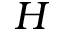
H